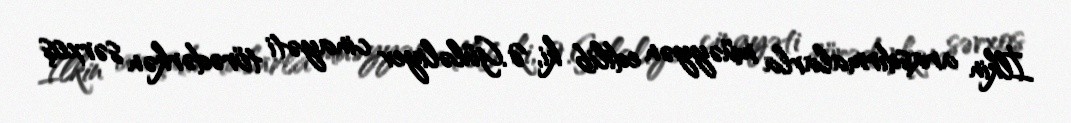
İlkin araşdırmalarla müəyyən edilib ki, Ə.Güləliyev cinayəti törədərkən sərxoş